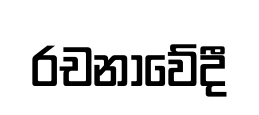
රචනාවේදී